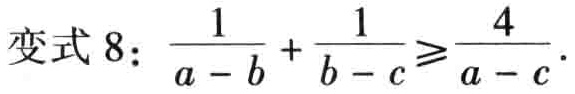
变式 8：\(\frac{1}{a - b}+\frac{1}{b - c}\geqslant\frac{4}{a - c}\)